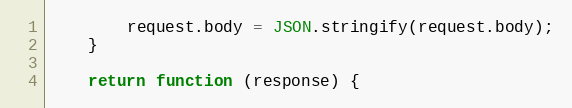
Language: JavaScript
        request.body = JSON.stringify(request.body);
    }

    return function (response) {